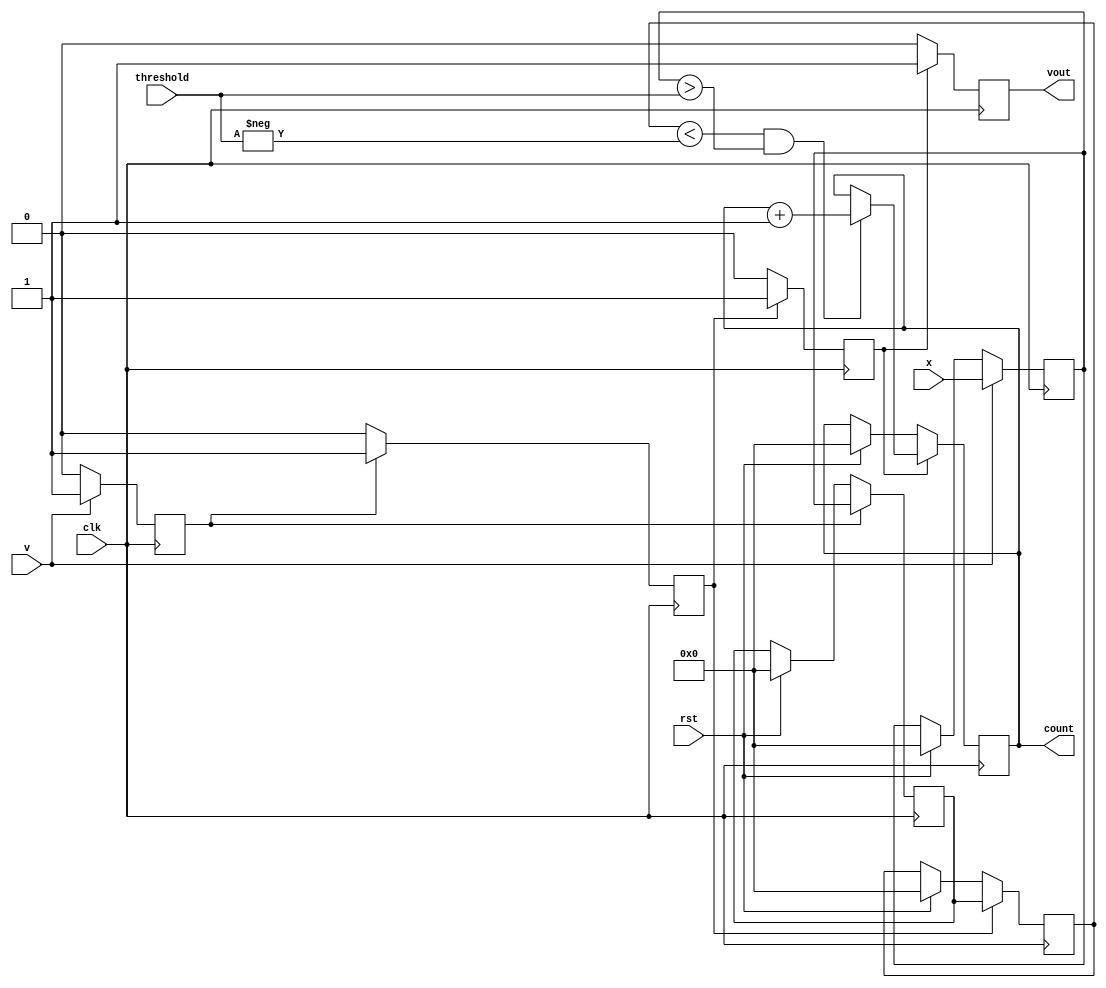
`timescale 1ns/1ns

module freq_est(input wire signed [15:0] x,
				input wire signed [15:0] threshold,
				input wire 		  v,
				input wire 		  clk,
				input wire 		  rst,
				output reg [15:0] count,
				output reg 		  vout);
				
		reg signed [15:0] x0, x1, x2;
		reg v0, v1, v2;
		
		always @(posedge clk)
		begin
			if (rst)
			begin
				x0 <= 16'b0;
				x1 <= 16'b0;
				x2 <= 16'b0;
				count <= 16'b0;
				vout <= 1'b0;
			end
			if (v)
			begin
				x0 <= x;
				v0 <= v;
			end else
				v0 <= 1'b0;
			if (v0)
			begin
				x1 <= x0;
				v1 <= 1'b1;
			end else
				v1 <= 1'b0;
			if (v1)
			begin
				x2 <= x1;
				v2 <= 1'b1;
			end else
				v2 <= 1'b0;
			if (v2)
			begin
				if ((x2 < -threshold) && (x0 > threshold))
					count <= count + 1;
				else
					count <= count;
				vout <= v2;
			end else
				vout <= 1'b0;
		end
endmodule